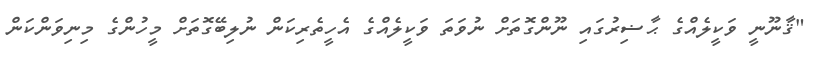
"ޤާނޫނީ ވަކީލެއްގެ ޙާޟިރުގައި ނޫންގޮތަށް ނުވަތަ ވަކީލެއްގެ އެހީތެރިކަން ނުލިބޭގޮތަށް މީހުންގެ މިނިވަންކަން